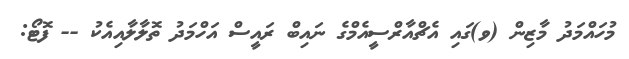
މުހައްމަދު މާޒިން (ވ)ގައި އެޗްއާރްސީއެމްގެ ނައިބް ރައީސް އަހްމަދު ތޮލާލާއިއެކު -- ފޮޓޯ: